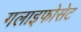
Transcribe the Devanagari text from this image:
गलाइफोसेट